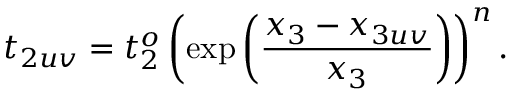
t _ { 2 u v } = t _ { 2 } ^ { o } \left( \exp \left( \frac { x _ { 3 } - x _ { 3 u v } } { x _ { 3 } } \right) \right) ^ { n } .